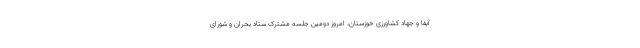
آبفا و جهاد کشاورزی خوزستان، امروز دومین جلسه مشترک ستاد بحران و شورای